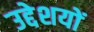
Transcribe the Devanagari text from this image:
उद्देशयों